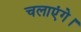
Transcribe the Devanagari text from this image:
चलाएंगे।